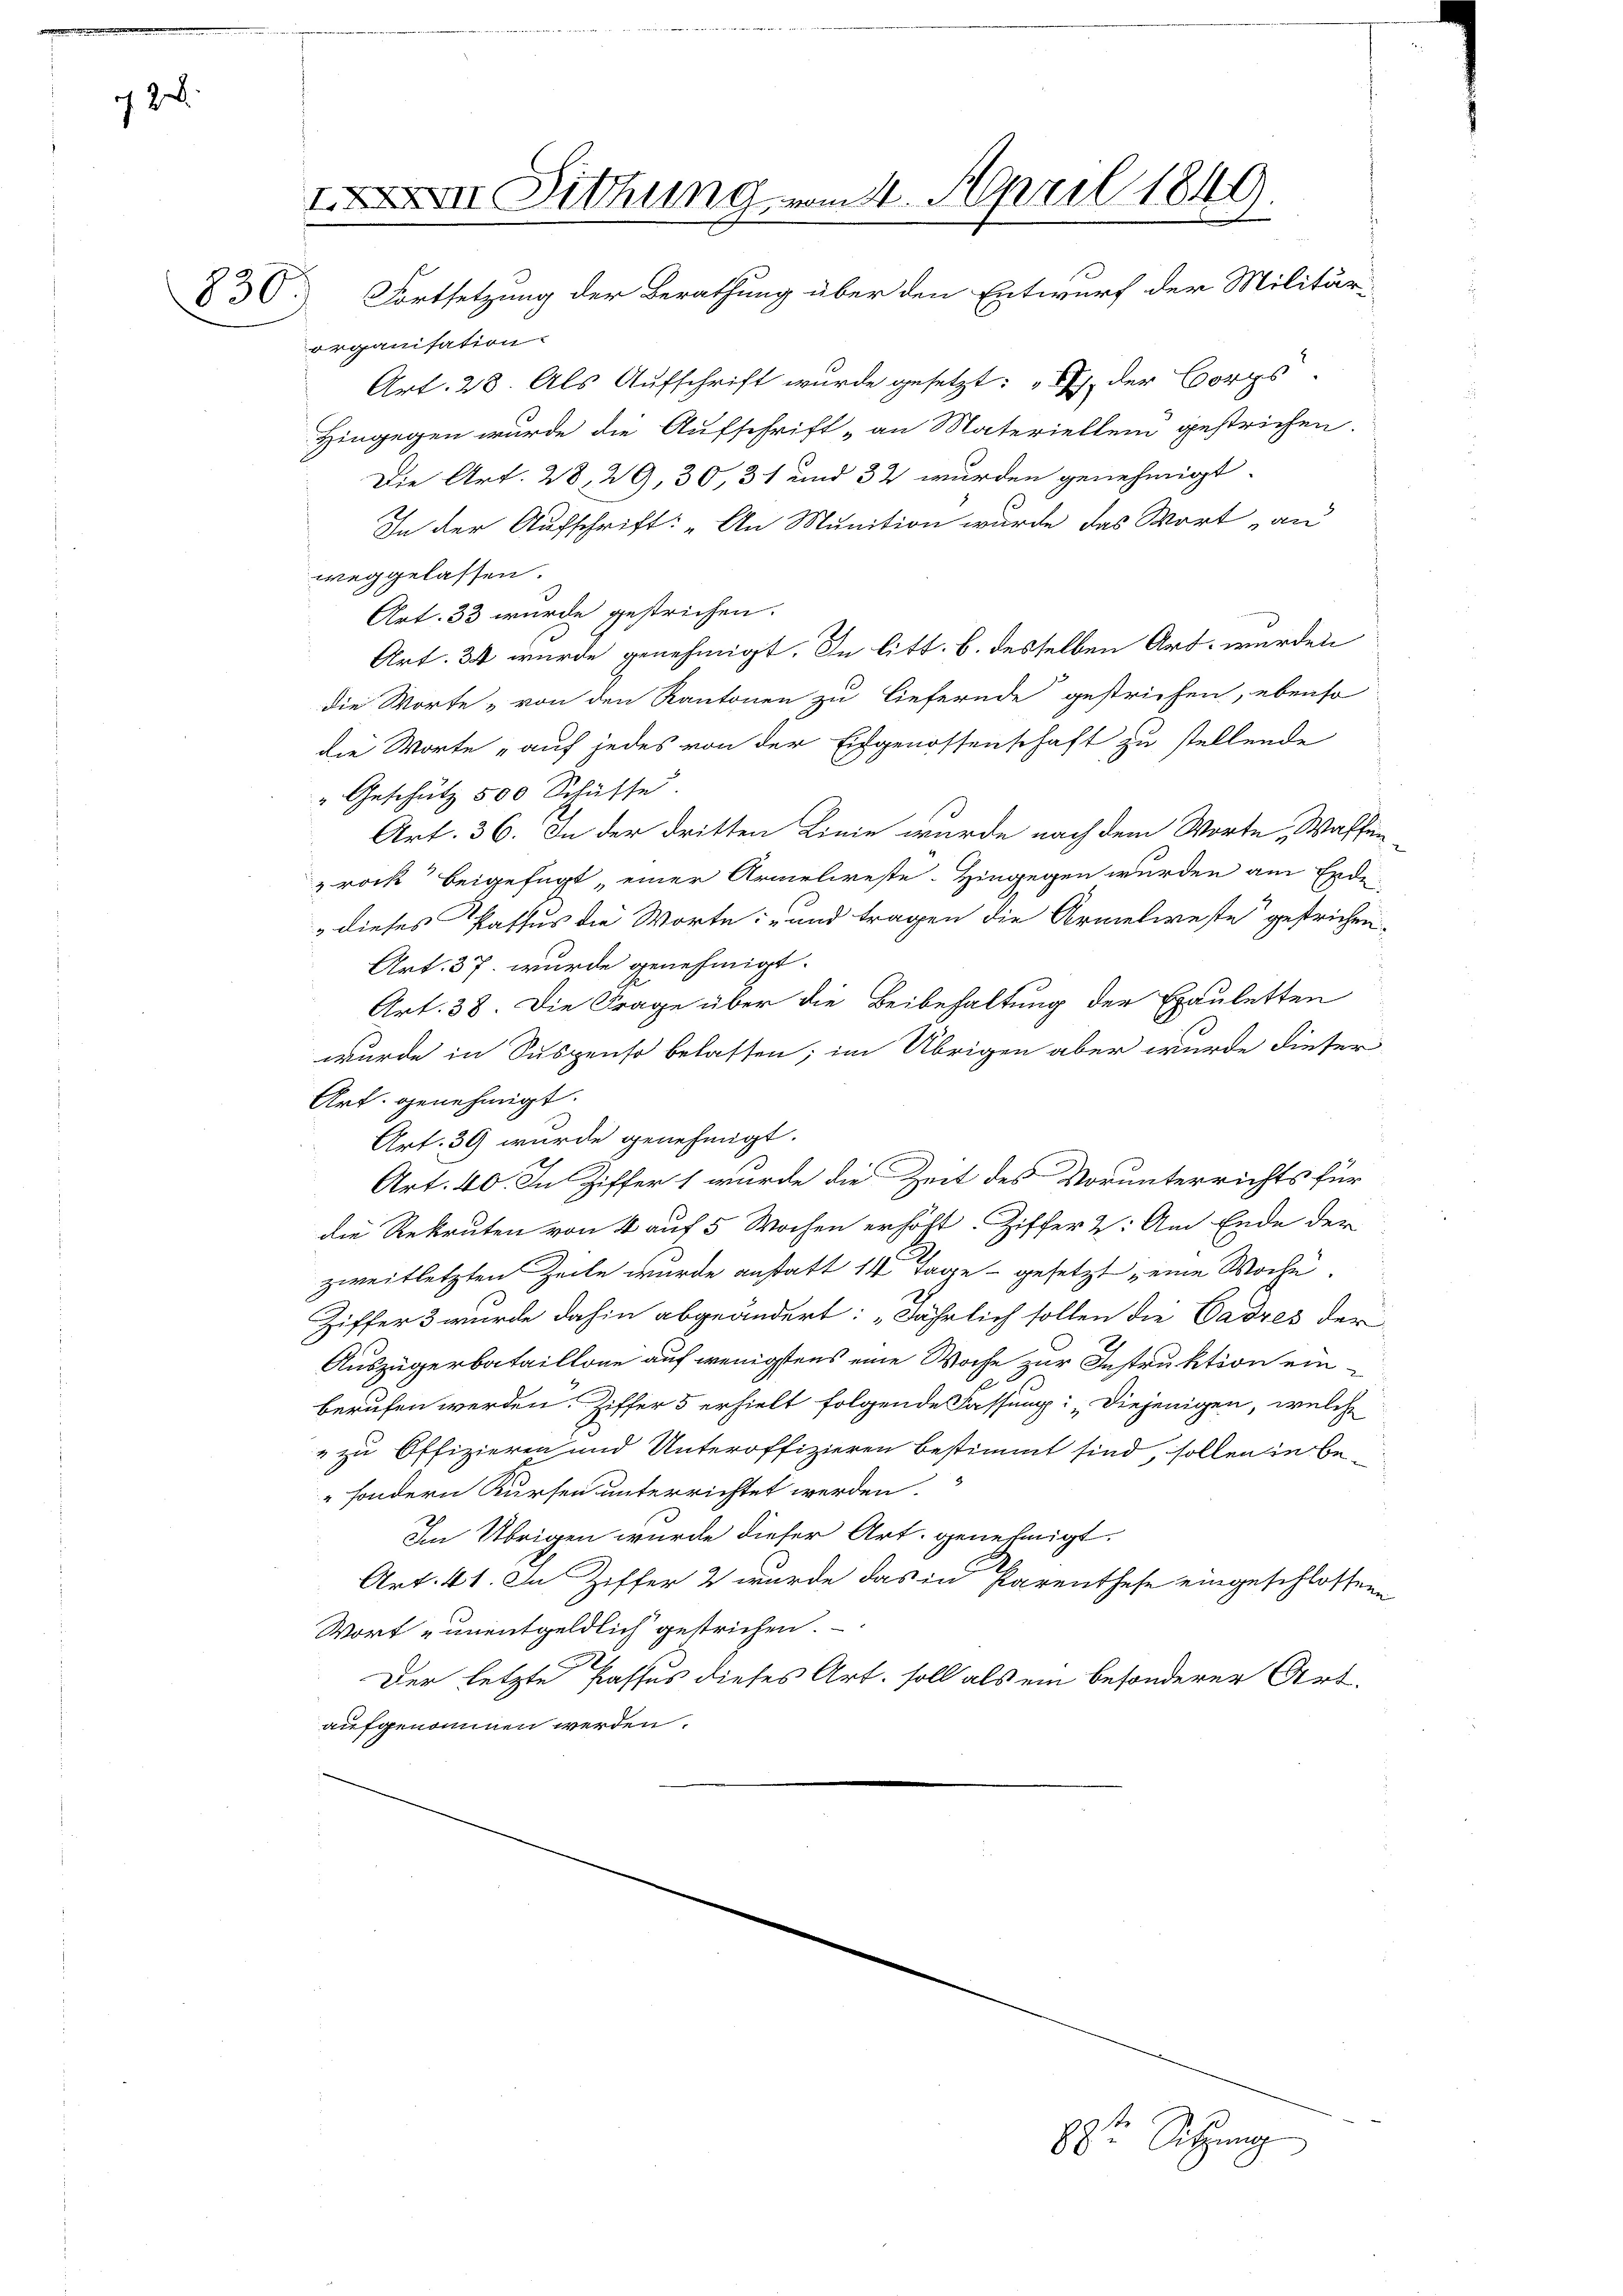
128

830

VII Dithung vom 4. April 1849.
Fortsetzung der Berathung über den Entwurf der Militär¬

organisation.
Art. 28. Als Aufschrift wurde gesetzt: „I der Borgs
Hingegen wurde die Aufschrift „an Materiellen gestrichen.
Die Art. 28, 29, 30, 31 und 32 wurden genehmigt.
In der Aufschrift: „An Munition wurde das Wort an
weggelassen.
Art. 33 wurde gestrichen.
Art. 34 wurde genehmigt. In litt. b. desselben Art werden
die Worte „von den Kantonen zu liefernde gestrichen, ebenso
die Worte „auf jedes von der Eidgenossenschaft zu stellende
Geschütz 500 Schüsse.
Art. 36. In der dritten Linie wurde nach dem Worte Waffen-
rock beigefügt, einer Armelireste. Hingegen wurden am Ende
dieses Pattus die Worte: und tragen die Armelweste gestrichen,
Art. 37. wurde genehmigt.
Art. 38. Die Frage über die Beibehaltung der Epauletten
wurde in Suspenso belasten; im Übrigen aber wurde dieser
Art. genehmigt.
Art. 39 wurde genehmigt.
Art. 40. In Ziffer 1 wurde die Zeit des Vorunterrichts für
die Rekruten von 4 auf 5 Wochen erhöht. Ziffer 2: Am Ende der
zweitletzten Zeite wurde anstatt 14 Tage - gesetzt eine Woche.
Ziffer 3 wurde dahin abgeändert: „Jährlich sollen die Cadres der
Auszügerbataillone auf wenigstens eine Woche zur Instruktion einberufen werden. Ziffer 5 erhielt folgende Fassung: „Diejenigen, welche
" zu Offizieren und Unteroffizieren bestimmt sind, sollen in be-
" sondern Kursen unterrichtet werden.
Im Übrigen wurde dieser Art. genehmigt.
Art. 41. In Ziffer 2 wurde das in Parenthese eingeschlossene
Wort „unentgeldlich gestrichen.
2
Der letzte Passus dieses Art. soll als ein besonderer Art.
aufgenommen werden.

zt Sitzung